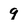
Character: 9